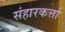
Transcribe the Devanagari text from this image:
संहारकर्त्ता